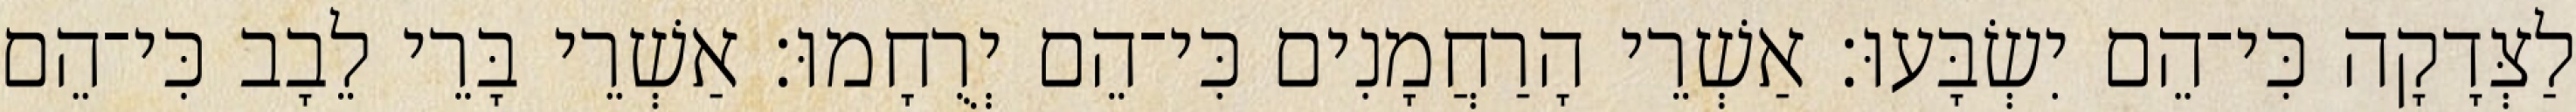
לַצְּדָקָה כִּי־הֵם יִשְׂבָּעוּ׃ אַשְׁרֵי הָרַחֲמָנִים כִּי־הֵם יְרֻחָמוּ׃ אַשְׁרֵי בָּרֵי לֵבָב כִּי־הֵם